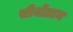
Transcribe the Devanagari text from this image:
सीनोंग्राम